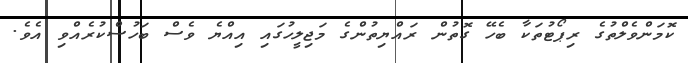
ކޮމަންވެލްތުގެ ރިޕޯޓުތަކާ ބެހޭ ގޮތުން ރައްޔިތުންގެ މަޖިލީހުގައި އިއްޔެ ވެސް ބަހުސްކުރެއްވި އެވެ.